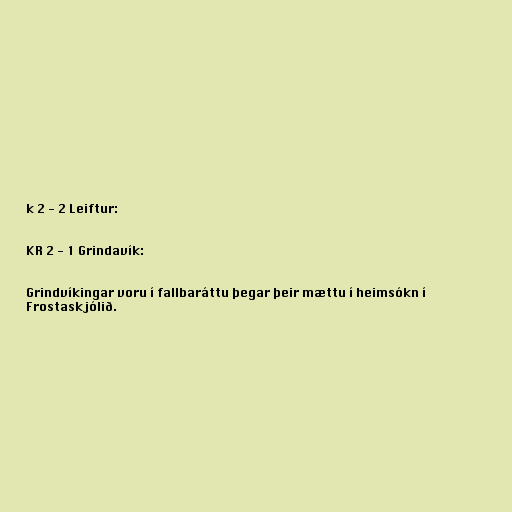
k 2 - 2 Leiftur:

KR 2 - 1 Grindavík:

Grindvíkingar voru í fallbaráttu þegar þeir mættu í heimsókn í
Frostaskjólið.